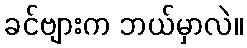
ခင်ဗျားက ဘယ်မှာလဲ။